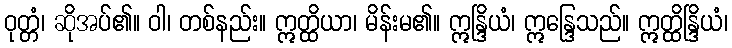
ဝုတ္တံ၊ ဆိုအပ်၏။ ဝါ၊ တစ်နည်း။ ဣတ္ထိယာ၊ မိန်းမ၏။ ဣန္ဒြိယံ၊ ဣန္ဒြေသည်။ ဣတ္ထိန္ဒြိယံ၊